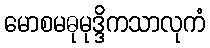
မောစမဓုမုဒ္ဒိကသာလုကံ